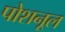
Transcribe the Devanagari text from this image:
पोशनूल